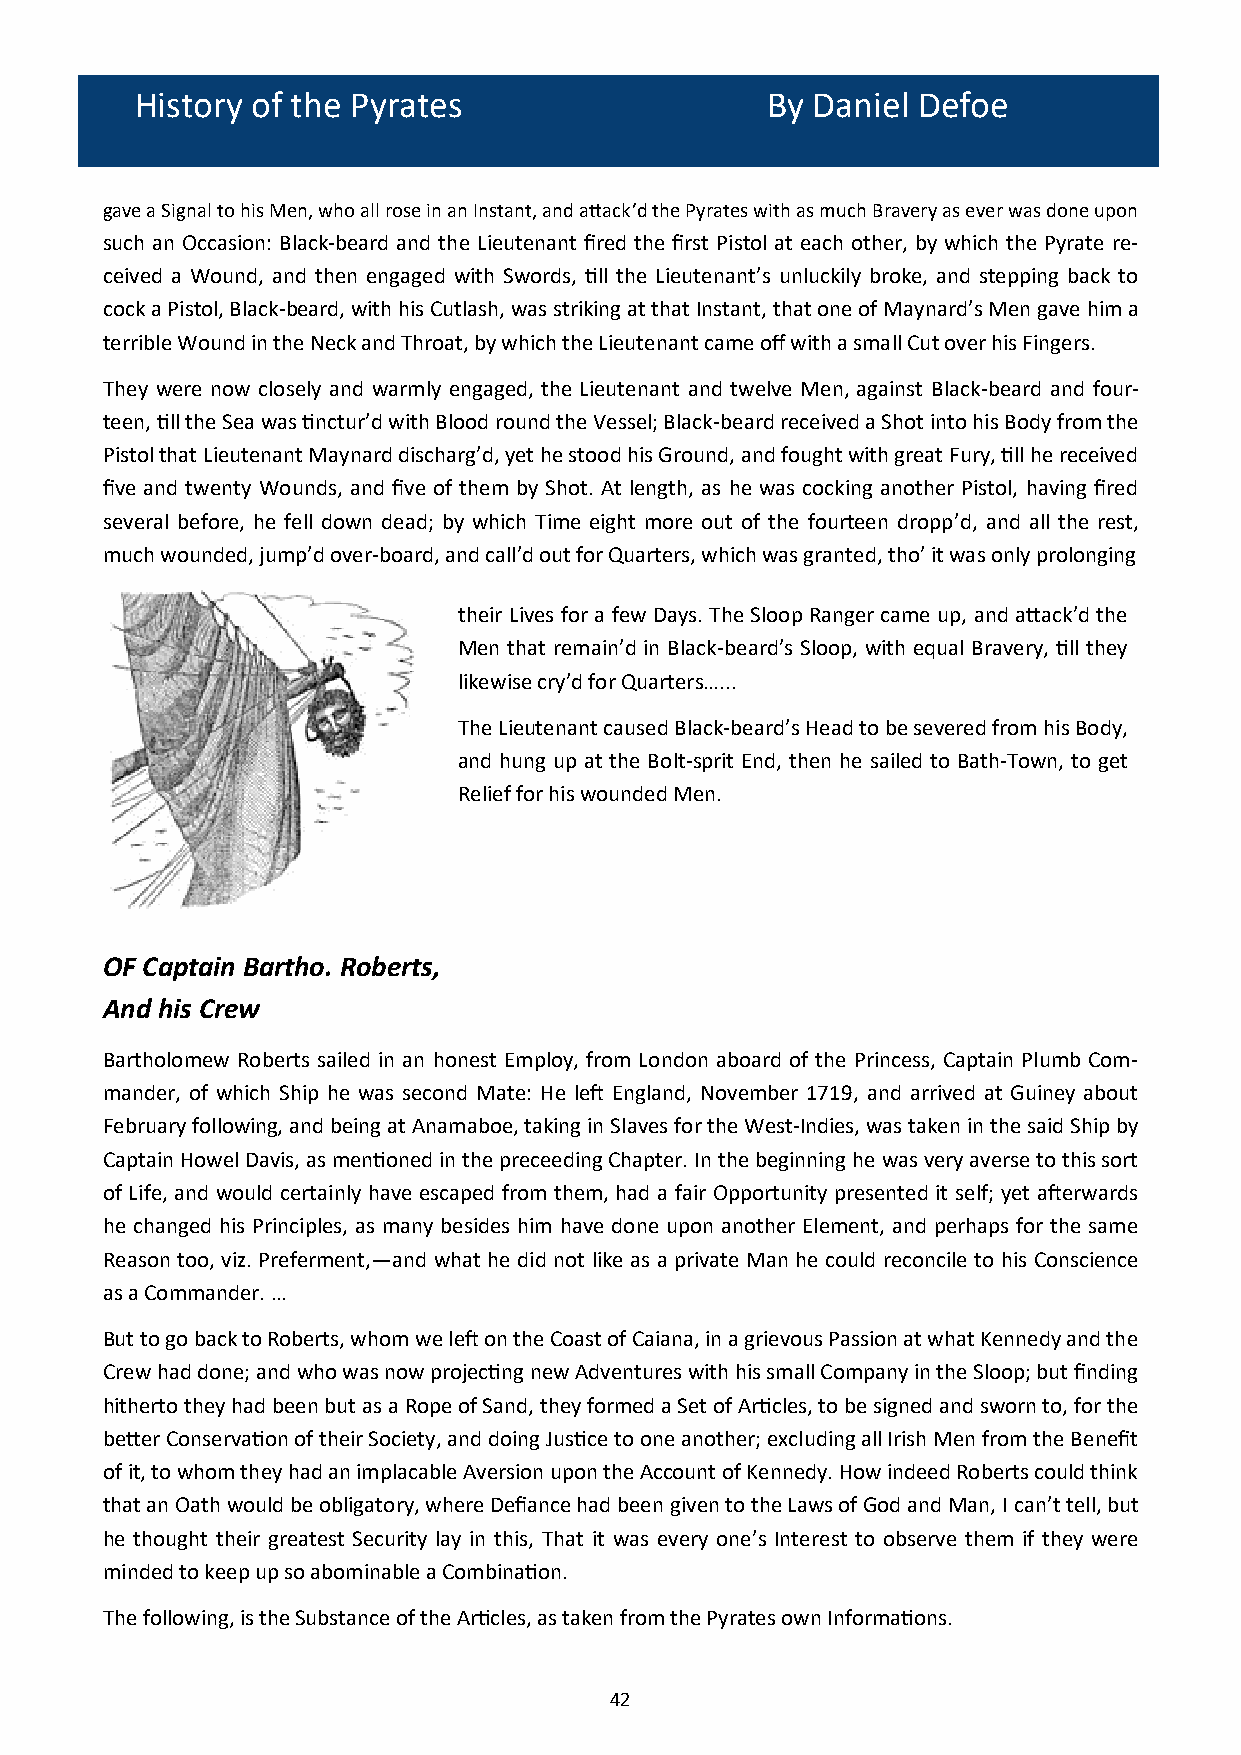
History of the Pyrates                    By Daniel Defoe
 gave a Signal to his Men, who all rose in an Instant, and attack’d the Pyrates with as much Bravery as ever was done upon
 such an Occasion: Black-beard and the Lieutenant fired the first Pistol at each other, by which the Pyrate re-
 ceived a Wound, and then engaged with Swords, till the Lieutenant’s unluckily broke, and stepping back to
 cock a Pistol, Black-beard, with his Cutlash, was striking at that Instant, that one of Maynard’s Men gave him a
 terrible Wound in the Neck and Throat, by which the Lieutenant came off with a small Cut over his Fingers.
 They were now closely and warmly engaged, the Lieutenant and twelve Men, against Black-beard and four-
 teen, till the Sea was tinctur’d with Blood round the Vessel; Black-beard received a Shot into his Body from the
 Pistol that Lieutenant Maynard discharg’d, yet he stood his Ground, and fought with great Fury, till he received
 five and twenty Wounds, and five of them by Shot. At length, as he was cocking another Pistol, having fired
 several before, he fell down dead; by which Time eight more out of the fourteen dropp’d, and all the rest,
 much wounded, jump’d over-board, and call’d out for Quarters, which was granted, tho’ it was only prolonging
 their Lives for a few Days. The Sloop Ranger came up, and attack’d the
 Men that remain’d in Black-beard’s Sloop, with equal Bravery, till they
 likewise cry’d for Quarters…...
 The Lieutenant caused Black-beard’s Head to be severed from his Body,
 and hung up at the Bolt-sprit End, then he sailed to Bath-Town, to get
 Relief for his wounded Men.
 OF Captain Bartho. Roberts,
 And his Crew
 Bartholomew Roberts sailed in an honest Employ, from London aboard of the Princess, Captain Plumb Com-
 mander, of which Ship he was second Mate: He left England, November 1719, and arrived at Guiney about
 February following, and being at Anamaboe, taking in Slaves for the West-Indies, was taken in the said Ship by
 Captain Howel Davis, as mentioned in the preceeding Chapter. In the beginning he was very averse to this sort
 of Life, and would certainly have escaped from them, had a fair Opportunity presented it self; yet afterwards
 he changed his Principles, as many besides him have done upon another Element, and perhaps for the same
 Reason too, viz. Preferment,—and what he did not like as a private Man he could reconcile to his Conscience
 as a Commander. …
 But to go back to Roberts, whom we left on the Coast of Caiana, in a grievous Passion at what Kennedy and the
 Crew had done; and who was now projecting new Adventures with his small Company in the Sloop; but finding
 hitherto they had been but as a Rope of Sand, they formed a Set of Articles, to be signed and sworn to, for the
 better Conservation of their Society, and doing Justice to one another; excluding all Irish Men from the Benefit
 of it, to whom they had an implacable Aversion upon the Account of Kennedy. How indeed Roberts could think
 that an Oath would be obligatory, where Defiance had been given to the Laws of God and Man, I can’t tell, but
 he thought their greatest Security lay in this, That it was every one’s Interest to observe them if they were
 minded to keep up so abominable a Combination.
 The following, is the Substance of the Articles, as taken from the Pyrates own Informations.
 42